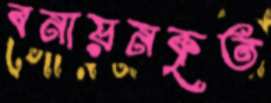
বনায়নকৃত